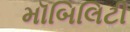
મૉબિલિટી